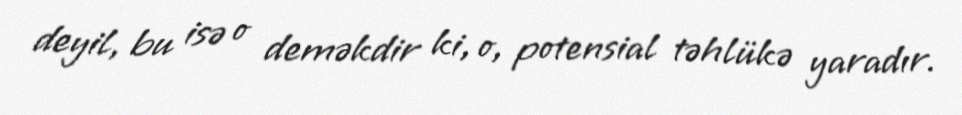
deyil, bu isə o deməkdir ki, o, potensial təhlükə yaradır.